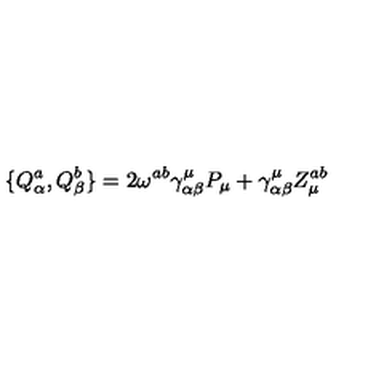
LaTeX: \{ Q _ { \alpha } ^ { a } , Q _ { \beta } ^ { b } \} = 2 \omega ^ { a b } \gamma _ { \alpha \beta } ^ { \mu } P _ { \mu } + \gamma _ { \alpha \beta } ^ { \mu } Z _ { \mu } ^ { a b }